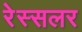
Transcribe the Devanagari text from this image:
रेस्सलर